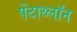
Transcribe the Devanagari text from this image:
पेंटाथ्लॉन